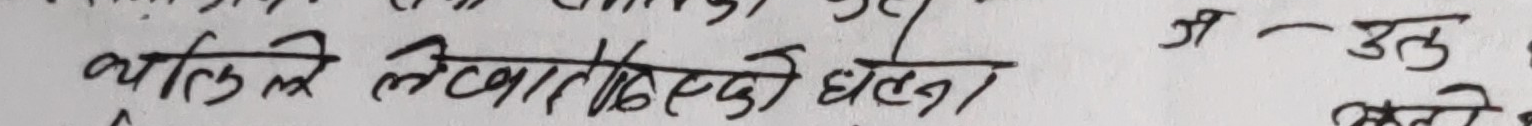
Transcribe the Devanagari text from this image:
क्यारिले लिखा लेखेको छन।